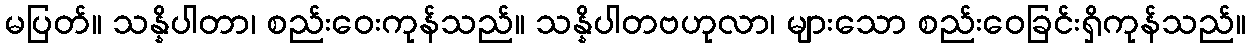
မပြတ်။ သန္နိပါတာ၊ စည်းဝေးကုန်သည်။ သန္နိပါတဗဟုလာ၊ များသော စည်းဝေခြင်းရှိကုန်သည်။